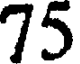
75